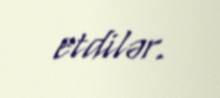
etdilər.